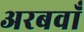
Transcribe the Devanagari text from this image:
अरबवाँ